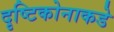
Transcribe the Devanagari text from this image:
दृष्टिकोनाकडे